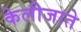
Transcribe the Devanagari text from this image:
केलीजाते